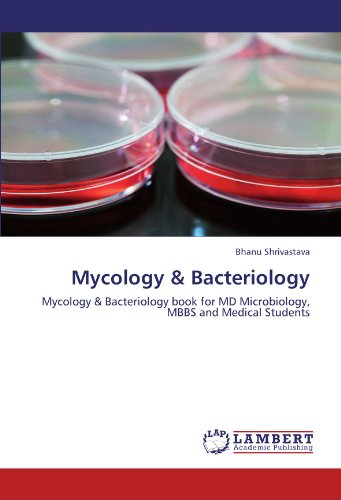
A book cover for Mycology & Bacteriology: Mycology & Bacteriology book for MD Microbiology, MBBS and Medical Students; Bhanu Shrivastava; Medical Books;